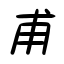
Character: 甫